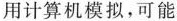
用计算机模拟，可能